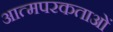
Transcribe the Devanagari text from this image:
आत्मपरकताओं